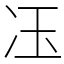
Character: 鿑